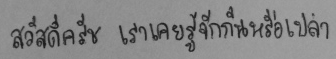
สวัสดีครัช เราเคยรู้จักกันหรือเปล่า